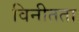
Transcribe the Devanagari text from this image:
विनीतता